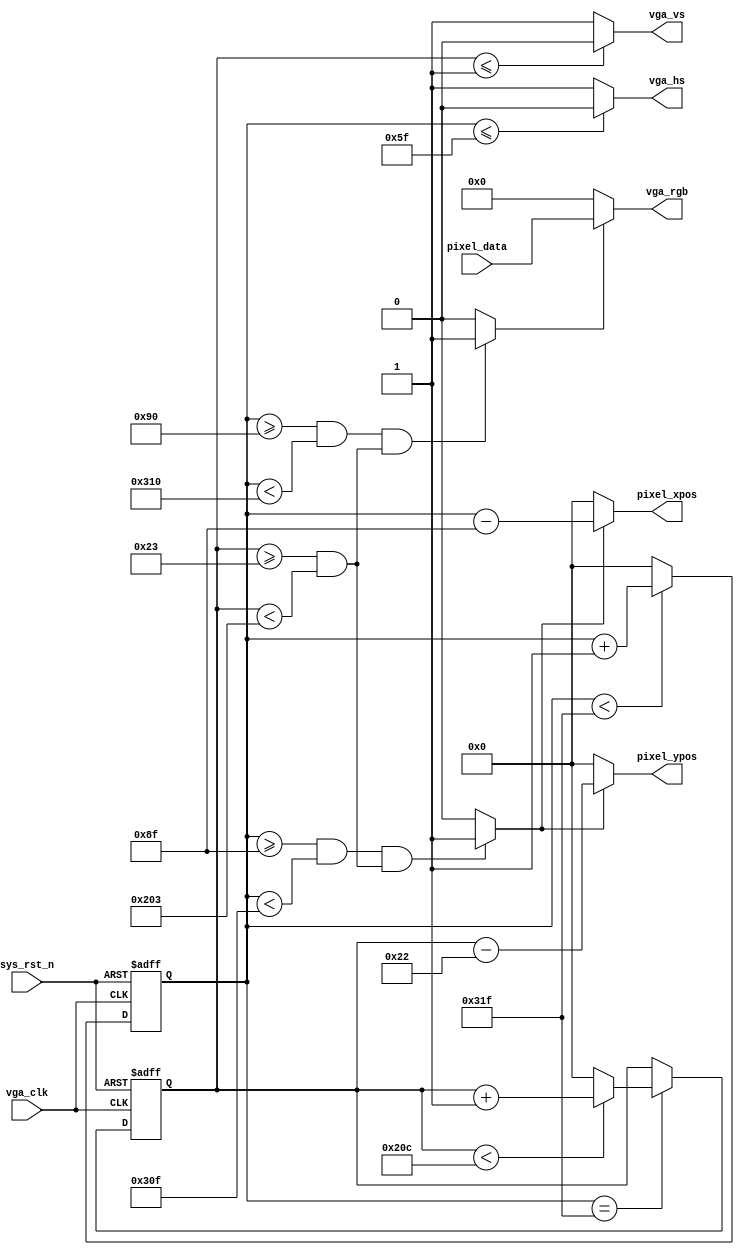
module vga_driver(
    input           vga_clk,      //VGA
    input           sys_rst_n,    //
    //VGA                          
    output          vga_hs,       //
    output          vga_vs,       //
    output  [15:0]  vga_rgb,      //
    
    input   [15:0]  pixel_data,   //
    output  [ 9:0]  pixel_xpos,   //
    output  [ 9:0]  pixel_ypos    //    
	 );
                                                        
//parameter define  
parameter  H_SYNC   =  10'd96;    //
parameter  H_BACK   =  10'd48;    //
parameter  H_DISP   =  10'd640;   //
parameter  H_FRONT  =  10'd16;    //
parameter  H_TOTAL  =  10'd800;   //

parameter  V_SYNC   =  10'd2;     //
parameter  V_BACK   =  10'd33;    //
parameter  V_DISP   =  10'd480;   //
parameter  V_FRONT  =  10'd10;    //
parameter  V_TOTAL  =  10'd525;   //
          
//reg define                                     
reg  [9:0] cnt_h;
reg  [9:0] cnt_v;

//wire define
wire       vga_en;
wire       data_req; 

//*****************************************************
//**                    main code
//*****************************************************
//VGA
assign vga_hs  = (cnt_h <= H_SYNC - 1'b1) ? 1'b0 : 1'b1;
assign vga_vs  = (cnt_v <= V_SYNC - 1'b1) ? 1'b0 : 1'b1;

//RGB565
assign vga_en  = (((cnt_h >= H_SYNC+H_BACK) && (cnt_h < H_SYNC+H_BACK+H_DISP))
                 &&((cnt_v >= V_SYNC+V_BACK) && (cnt_v < V_SYNC+V_BACK+V_DISP)))
                 ?  1'b1 : 1'b0;
                 
//RGB565                 
assign vga_rgb = vga_en ? pixel_data : 16'd0;

//                
assign data_req = (((cnt_h >= H_SYNC+H_BACK-1'b1) && (cnt_h < H_SYNC+H_BACK+H_DISP-1'b1))
                  && ((cnt_v >= V_SYNC+V_BACK) && (cnt_v < V_SYNC+V_BACK+V_DISP)))
                  ?  1'b1 : 1'b0;

//                
assign pixel_xpos = data_req ? (cnt_h - (H_SYNC + H_BACK - 1'b1)) : 10'd0;
assign pixel_ypos = data_req ? (cnt_v - (V_SYNC + V_BACK - 1'b1)) : 10'd0;

//
always @(posedge vga_clk or negedge sys_rst_n) begin         
    if (!sys_rst_n)
        cnt_h <= 10'd0;                                  
    else begin
        if(cnt_h < H_TOTAL - 1'b1)                                               
            cnt_h <= cnt_h + 1'b1;                               
        else 
            cnt_h <= 10'd0;  
    end
end

//
always @(posedge vga_clk or negedge sys_rst_n) begin         
    if (!sys_rst_n)
        cnt_v <= 10'd0;                                  
    else if(cnt_h == H_TOTAL - 1'b1) begin
        if(cnt_v < V_TOTAL - 1'b1)                                               
            cnt_v <= cnt_v + 1'b1;                               
        else 
            cnt_v <= 10'd0;  
    end
end

endmodule